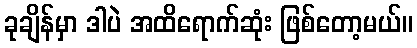
ခုချိန်မှာ ဒါပဲ အထိရောက်ဆုံး ဖြစ်တော့မယ်။